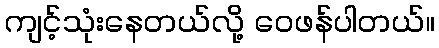
ကျင့်သုံးနေတယ်လို့ ဝေဖန်ပါတယ်။